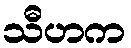
သီဟက